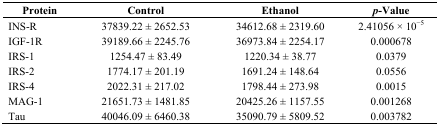
<table><thead><tr><td><b>Protein</b></td><td><b>Control</b></td><td><b>Ethanol</b></td><td><b><i>p</i>-Value</b></td></tr></thead><tbody><tr><td>INS-R</td><td>37839.22 ± 2652.53</td><td>34612.68 ± 2319.60</td><td>2.41056 × 10<sup>−5</sup></td></tr><tr><td>IGF-1R</td><td>39189.66 ± 2245.76</td><td>36973.84 ± 2254.17</td><td>0.000678</td></tr><tr><td>IRS-1</td><td>1254.47 ± 83.49</td><td>1220.34 ± 38.77</td><td>0.0379</td></tr><tr><td>IRS-2</td><td>1774.17 ± 201.19</td><td>1691.24 ± 148.64</td><td>0.0556</td></tr><tr><td>IRS-4</td><td>2022.31 ± 217.02</td><td>1798.44 ± 273.98</td><td>0.0015</td></tr><tr><td>MAG-1</td><td>21651.73 ± 1481.85</td><td>20425.26 ± 1157.55</td><td>0.001268</td></tr><tr><td>Tau</td><td>40046.09 ± 6460.38</td><td>35090.79 ± 5809.52</td><td>0.003782</td></tr></tbody></table>